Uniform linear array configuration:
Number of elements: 4
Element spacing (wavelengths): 0.5
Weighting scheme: uniform
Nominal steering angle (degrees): -60
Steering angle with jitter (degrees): -59.506
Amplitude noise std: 0.05
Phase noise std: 0.05

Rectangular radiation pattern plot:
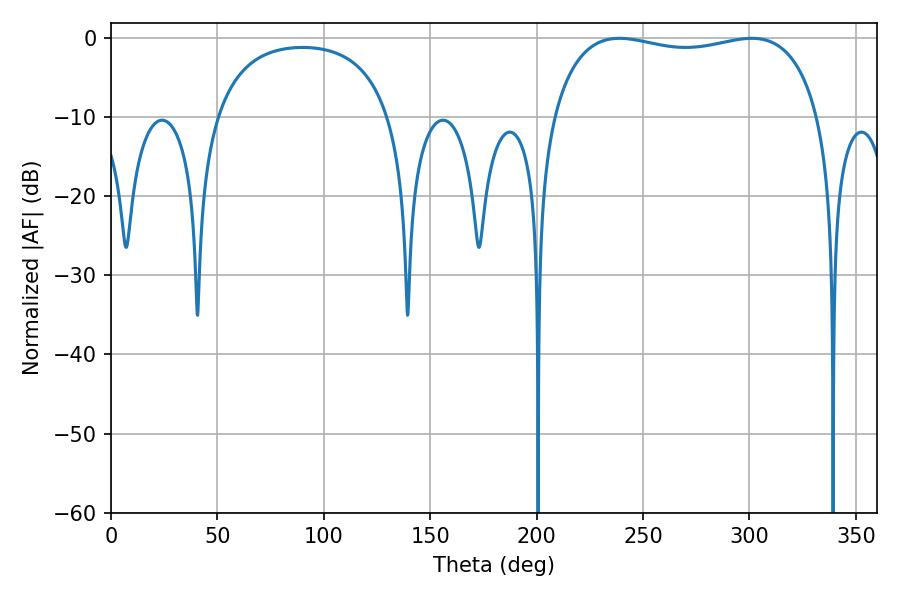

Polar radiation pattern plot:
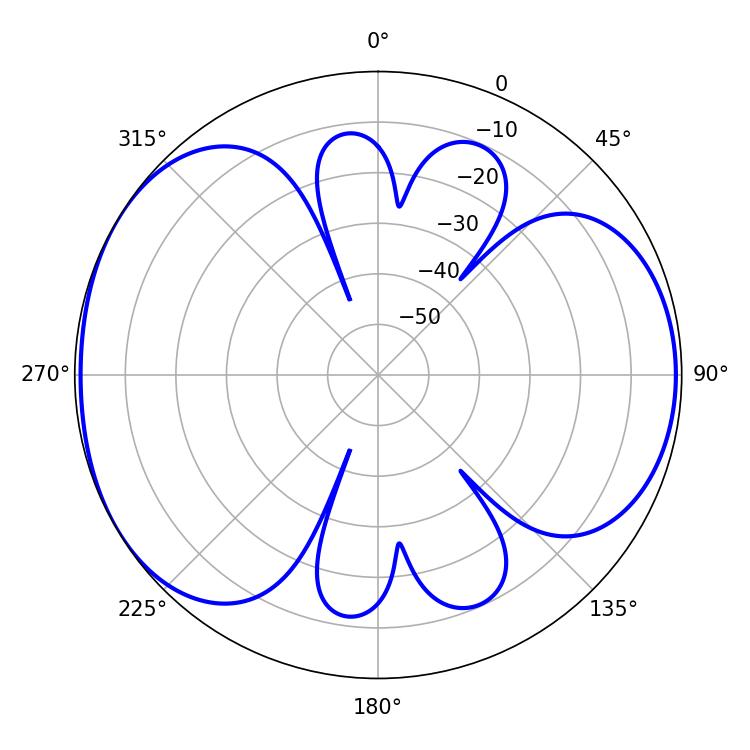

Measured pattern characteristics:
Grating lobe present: FALSE
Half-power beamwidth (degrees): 101.88
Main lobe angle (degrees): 238.86